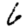
Digit: 6